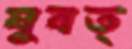
ষুবত্